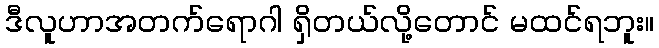
ဒီလူဟာအတက်ရောဂါ ရှိတယ်လို့တောင် မထင်ရဘူး။